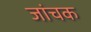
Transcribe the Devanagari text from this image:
जांचक